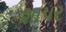
શાપર